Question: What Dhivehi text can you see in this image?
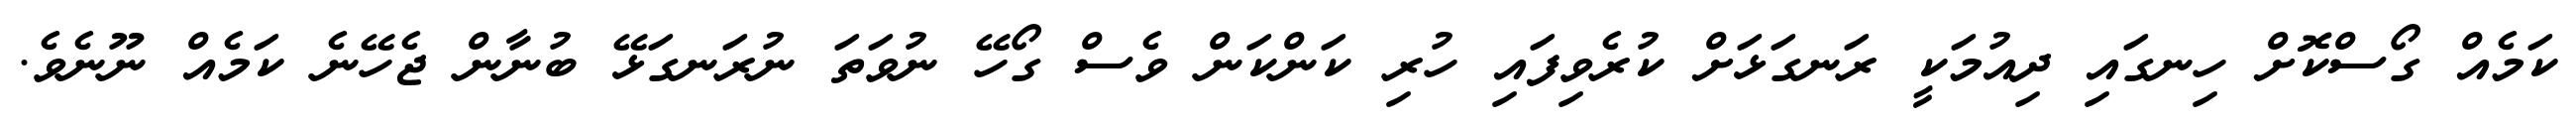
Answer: ކަމެއް ގޯސްކޮށް ހިނގައި ދިއުމަކީ ރަނގަޅަށް ކުރެވިފައި ހުރި ކަންކަން ވެސް ގޯހޭ ނުވަތަ ނުރަނގަޅޭ ބުނާން ޖެހޭނެ ކަމެއް ނޫނެވެ.